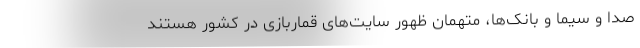
صدا و سیما و بانک‌ها، متهمان ظهور سایت‌های قماربازی در کشور هستند